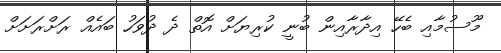
މޫސުމާއި ބެހޭ އިދާރާއިން ބުނީ ކުރިޔަށް އޮތް ދެ ދުވަހު ބައެއް ރަށްރަށަށް